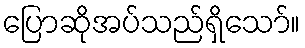
ပြောဆိုအပ်သည်ရှိသော်။